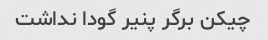
چیکن برگر پنیر گودا نداشت